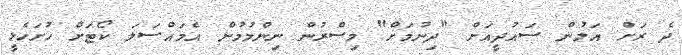
ދެ ރަށް އަލުން ސައުދީއަށް "ދިނުމަށް" މިސްރުން ނިންމުމުން އެމައްސަލަ ކޯޓަށް ހުށަހެޅީ